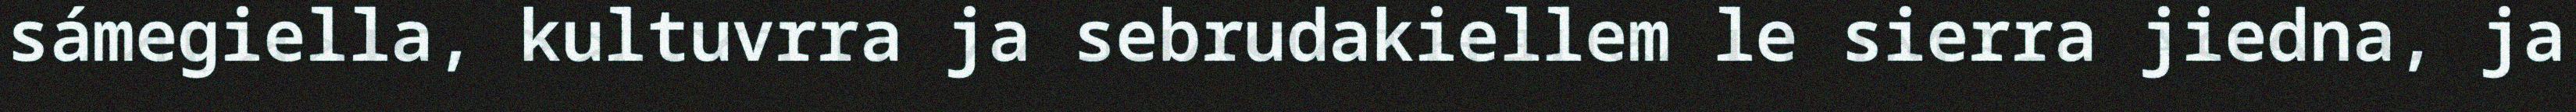
sámegiella, kultuvrra ja sebrudakiellem le sierra jiedna, ja